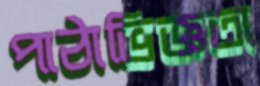
পাঠাভিজ্ঞতা